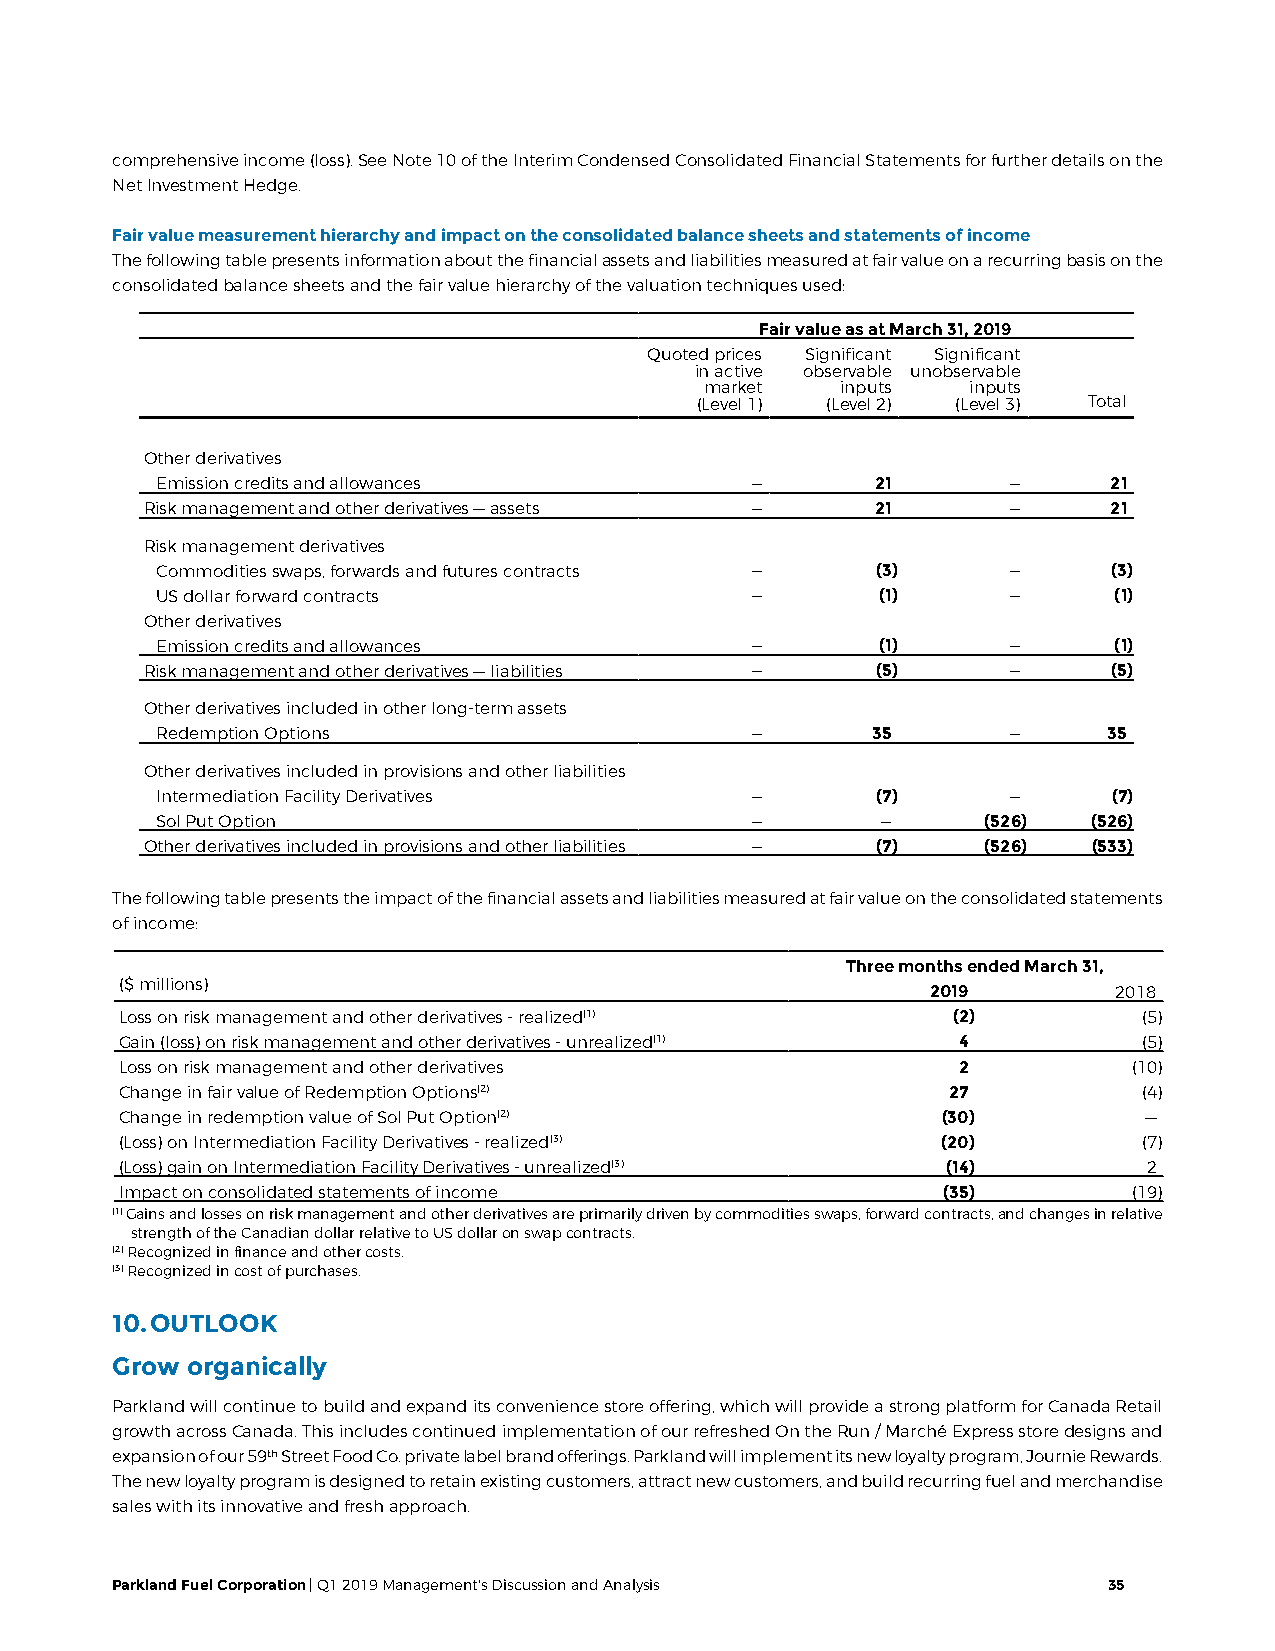
comprehensive income (loss). See Note 10 of the Interim Condensed Consolidated Financial Statements for further details on the
 Net Investment Hedge.
 Fair value measurement hierarchy and impact on the consolidated balance sheets and statements of income
 The following table presents information about the financial assets and liabilities measured at fair value on a recurring basis on the
 consolidated balance sheets and the fair value hierarchy of the valuation techniques used:
 Fair value as at March 31, 2019
 Quoted prices Significant Significant
 in active observable unobservable
 market   inputs  inputs
 (Level 1) (Level 2) (Level 3) Total
 Other derivatives
 Emission credits and allowances         —       21       —      21
 Risk management and other derivatives — assets — 21      —      21
 Risk management derivatives
 Commodities swaps, forwards and futures contracts — (3)  —      (3)
 US dollar forward contracts             —       (1)      —      (1)
 Other derivatives
 Emission credits and allowances         —       (1)      —      (1)
 Risk management and other derivatives — liabilities — (5) —     (5)
 Other derivatives included in other long-term assets
 Redemption Options                      —       35       —     35
 Other derivatives included in provisions and other liabilities
 Intermediation Facility Derivatives     —       (7)      —      (7)
 Sol Put Option                          —       —      (526)  (526)
 Other derivatives included in provisions and other liabilities — (7) (526) (533)
 The following table presents the impact of the financial assets and liabilities measured at fair value on the consolidated statements
 of income:
 Three months ended March 31,
 ($ millions)                                          2019        2018
 Loss on risk management and other derivatives - realized(1) (2)     (5)
 Gain (loss) on risk management and other derivatives - unrealized(1) 4 (5)
 Loss on risk management and other derivatives          2           (10)
 Change in fair value of Redemption Options(2)          27           (4)
 Change in redemption value of Sol Put Option(2)       (30)          —
 (Loss) on Intermediation Facility Derivatives - realized(3) (20)    (7)
 (Loss) gain on Intermediation Facility Derivatives - unrealized(3) (14) 2
 Impact on consolidated statements of income           (35)         (19)
 (1) Gains and losses on risk management and other derivatives are primarily driven by commodities swaps, forward contracts, and changes in relative
 strength of the Canadian dollar relative to US dollar on swap contracts.
 (2) Recognized in finance and other costs.
 (3) Recognized in cost of purchases.
 10. OUTLOOK
 Grow organically
 Parkland will continue to build and expand its convenience store offering, which will provide a strong platform for Canada Retail
 growth across Canada. This includes continued implementation of our refreshed On the Run / Marché Express store designs and
 expansion of our 59th Street Food Co. private label brand offerings. Parkland will implement its new loyalty program, Journie Rewards.
 The new loyalty program is designed to retain existing customers, attract new customers, and build recurring fuel and merchandise
 sales with its innovative and fresh approach.
 Parkland Fuel Corporation | Q1 2019 Management's Discussion and Analysis 35